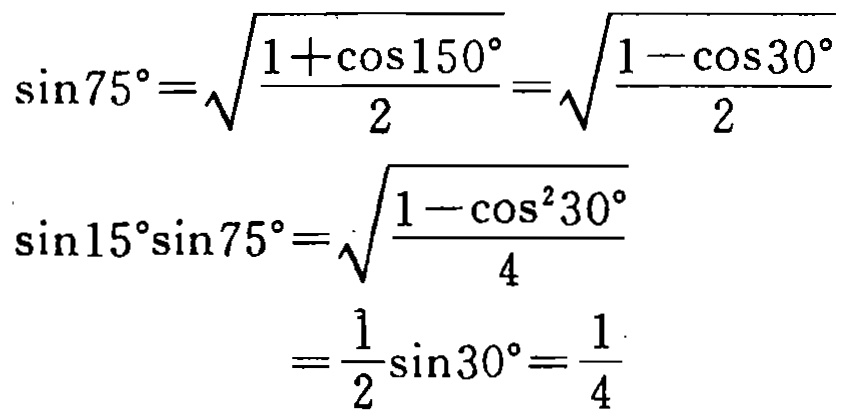
\[\begin{align*}
\sin75^{\circ}&=\sqrt{\frac{1 + \cos150^{\circ}}{2}}=\sqrt{\frac{1-\cos30^{\circ}}{2}}\\
\sin15^{\circ}\sin75^{\circ}&=\sqrt{\frac{1-\cos^{2}30^{\circ}}{4}}\\
&=\frac{1}{2}\sin30^{\circ}=\frac{1}{4}
\end{align*}\]